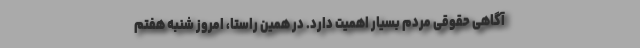
آگاهی حقوقی مردم بسیار اهمیت دارد. در همین راستا، امروز شنبه هفتم